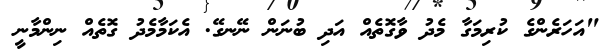
"އަހަރެންގެ ކުރިމަގާ މެދު ވާގޮތެއް އަދި ބުނަން ނޭނގޭ. އެކަމާމެދު ގޮތެއް ނިންމާނީ